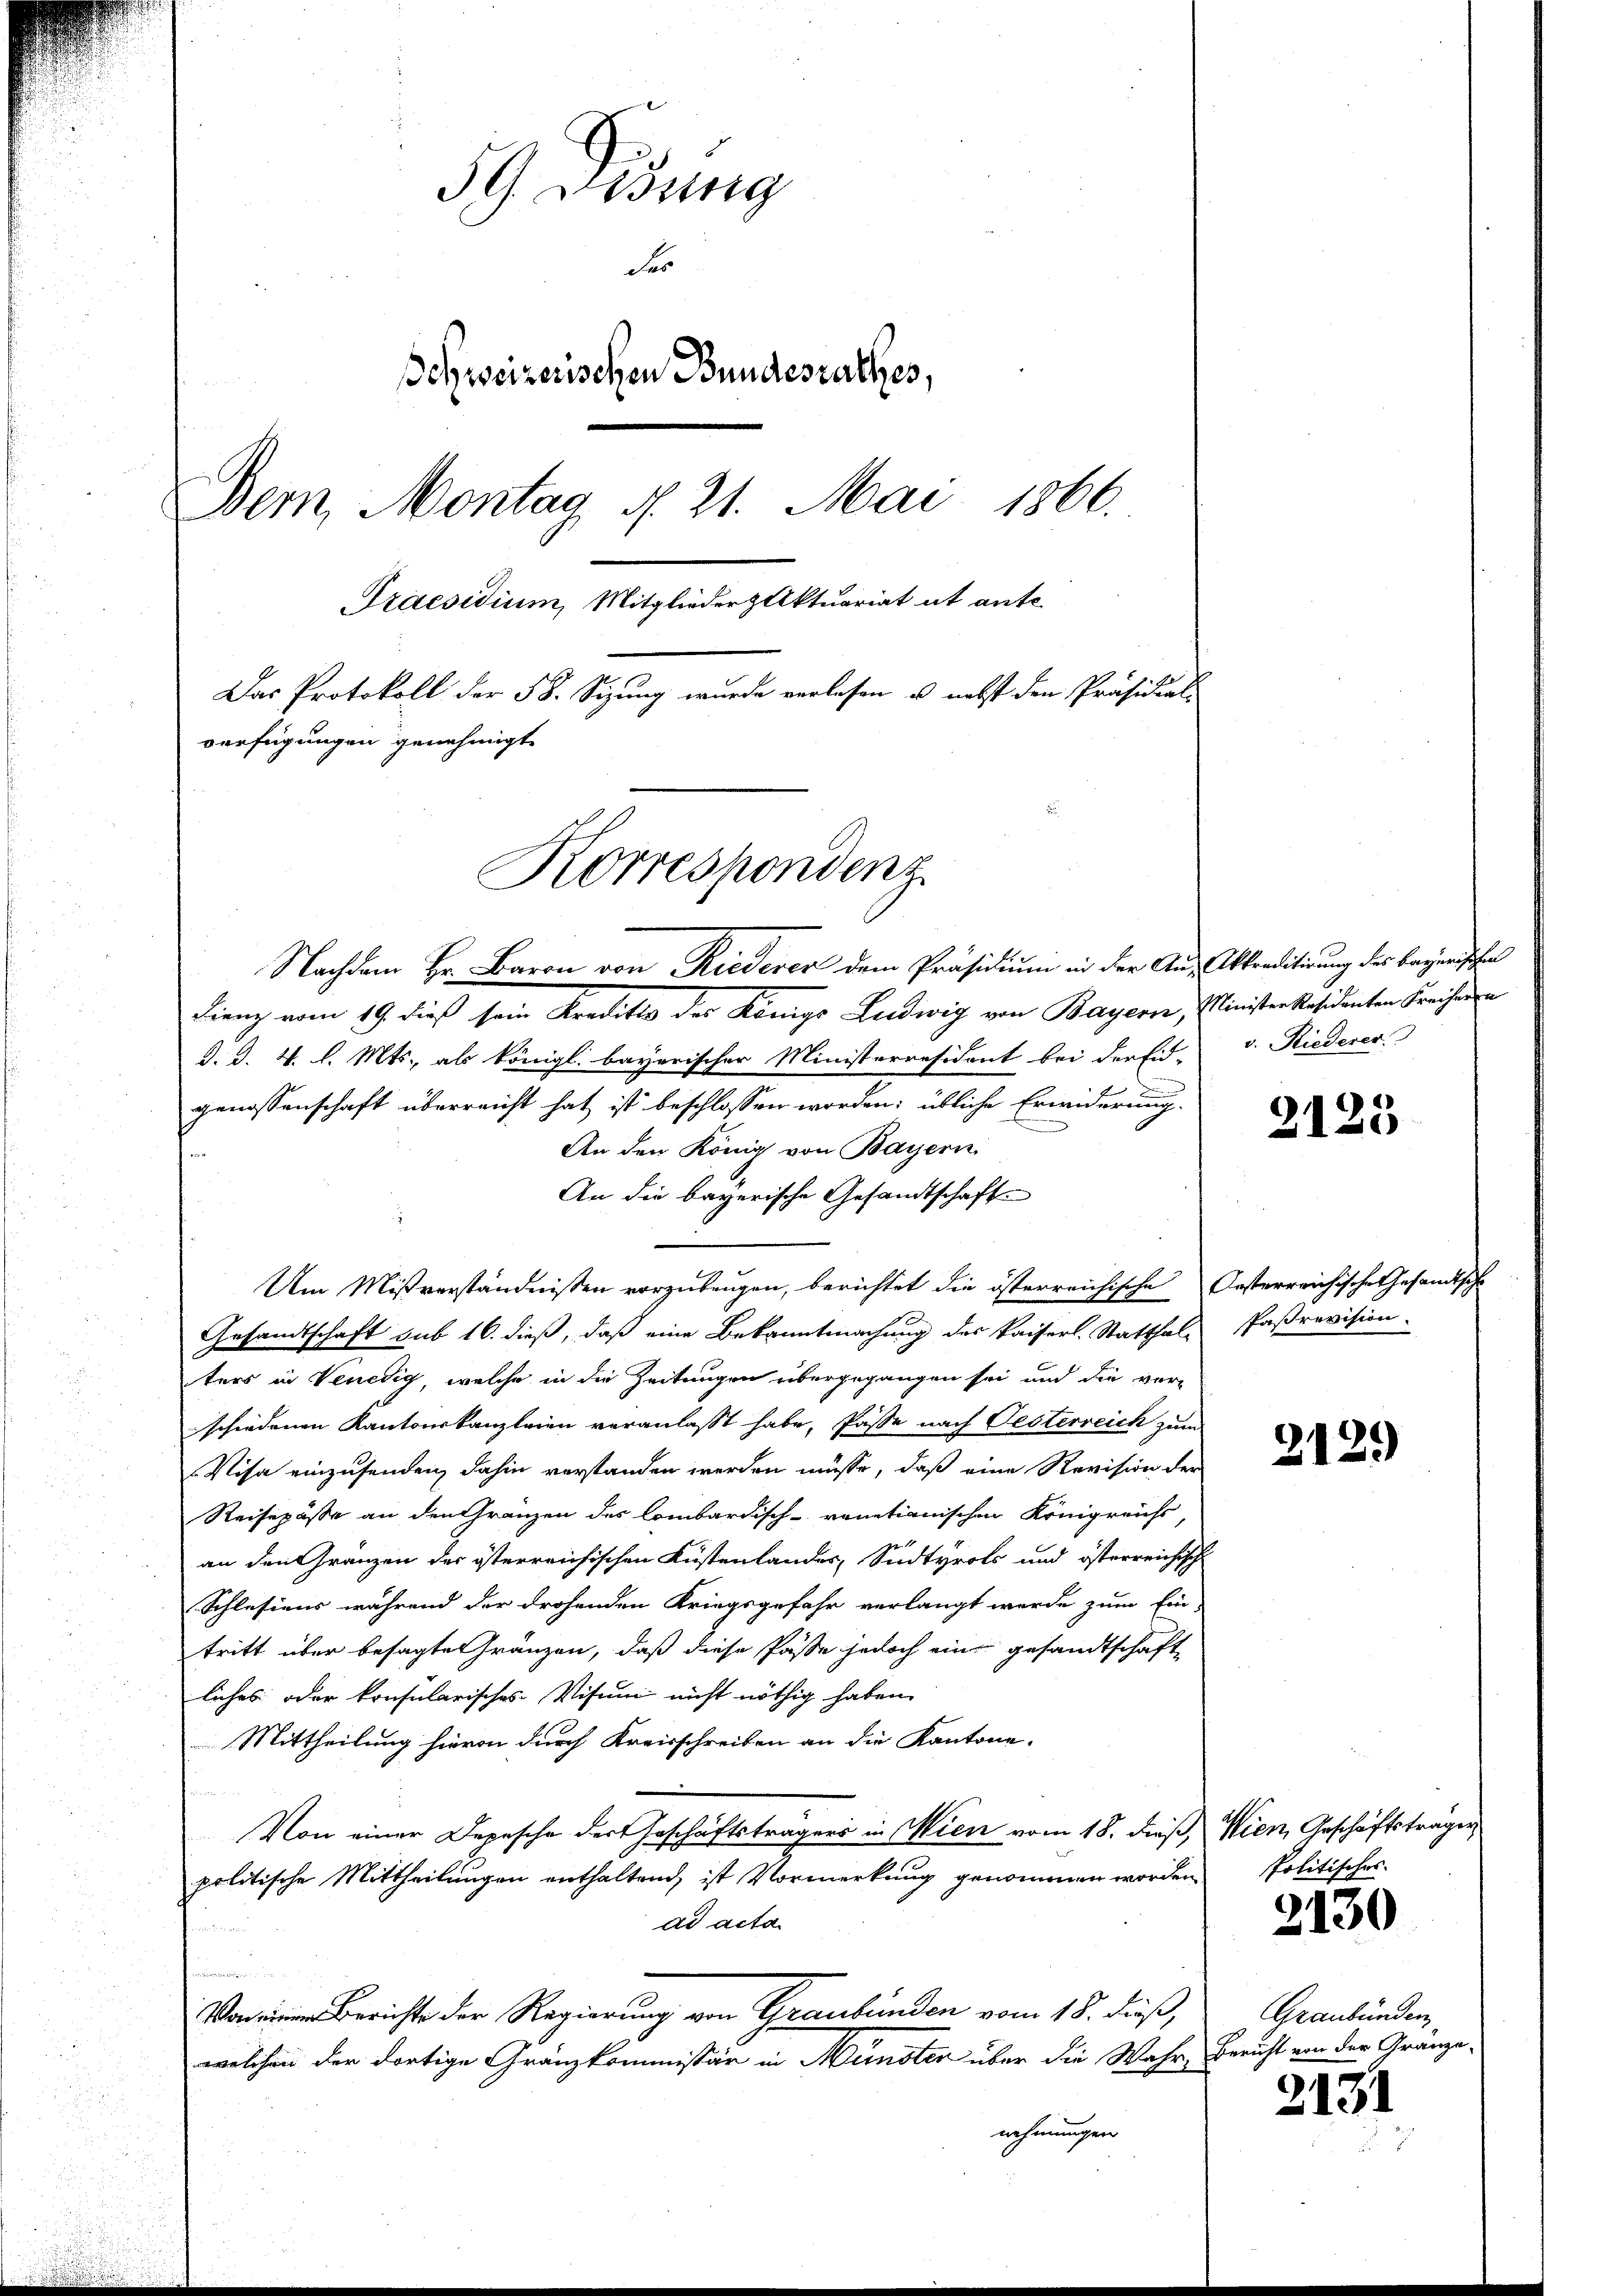
59. Disung
Fes
Behweizerischen Bundesrathes,
Dem Montag N. 21. Mai 1866.
Praesidium, Mitglieder Aktuariat it ante.
Das Protokoll der 58. Sizung wurde verlesen u. nebst den Präsidial-
verfügungen genehmigt.
Korrespondenz

Nachdem Hr. Baron von Riederer dem Präsidium in der An- Abraditirung des Bayerischen
dienz vom 19. dieß sein Kreditto des Königs Ludwig von Bayern, Minister Residenten Freiher n
d. d. 4. l. Mts., als königl. bayerischer Ministerresident bei der Eid-
genossenschaft überreicht hat ist beschlossen worden; übliche Erwiderung
An den König von Bayern
An die bayerische Gesandtschafte
Um Mißverständnissen vorzubeugen, berichtet die österreichische Oesterreichische Gesandtsche
Gesandtschaft sub 16. dieß, daß eine Bekanntmachung des Kaiserl. Statthals Paßrevision
ters in Venedig, welche in die Zeitungen übergegangen sei und die ver-
schiedenen Kantonskanzleien veranlasst habe, Pässe nach Oesterreich zum
Visa einzusenden, dahin verstanden werden müsse, daß eine Revision der
Reisepässe an den Gränzen des lombardisch-venetianischen Königreichs,
an den Gränzen des österreichischen Küstenlandes, Südtyrols und österreichisch
Schlesiens während der drohenden Kriegsgefahr verlangt werde zum Ein-
tritt über besagte Gränzen, daß diese Pässe jedoch eine gesandtschaft
liches oder konsularisches Visum nicht nöthig haben
Mittheilung hievon durch Kreisschreiben an die Kantone.
Von einer Depesche der Geschäftsträgers in Wien vom 18. dieß, Wien, Geschäftsträger
politische Mittheilungen enthaltend, ist Vormerkung genommen worden
ad acta
u
Von einen Berichte der Regierung von Graubünden vom 18. dieß,
welchen der dortige Gränzkommissär in Münster über die Wahr, Bericht von der Gränza-
nehmungen

v. Riederer

2125

2129

Politisches.

2130

Graubünden,

2131